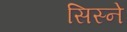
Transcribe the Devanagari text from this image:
सिस्ने